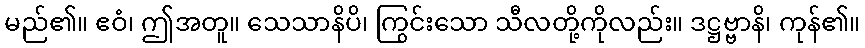
မည်၏။ ဧဝံ၊ ဤအတူ။ သေသာနိပိ၊ ကြွင်းသော သီလတို့ကိုလည်း။ ဒဋ္ဌဗ္ဗာနိ၊ ကုန်၏။